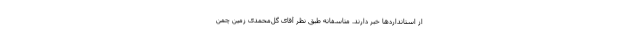
از استانداردها خبر دارند. متاسفانه طبق نظر آقای گل‌محمدی زمین چمن